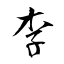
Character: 李